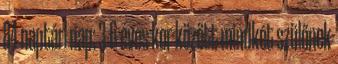
84 naptári nap; 3-6 éves kor között mindkét szülőnek